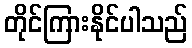
တိုင်ကြားနိုင်ပါသည်